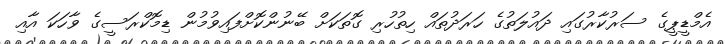
އެމްޑީޕީގެ ސަރުކާރުގައި ދައުލަތުގެ ހަރަދުތައް ހިތުހުރި ގޮތަކަށް ބޭނުންކޮށްފައިވުމުން ޑިމޮކްރަސީގެ ވާހަކަ އާއި